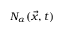
N _ { \alpha } ( \vec { x } , t )